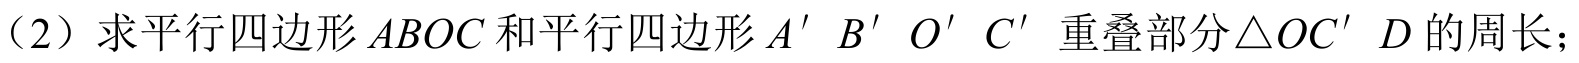
（2）求平行四边形$ABOC$和平行四边形$A'B'O'C'$重叠部分$\triangle OC'D$的周长；